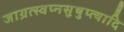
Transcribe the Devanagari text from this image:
जाग्रत्स्वप्नसुषुप्त्यादि